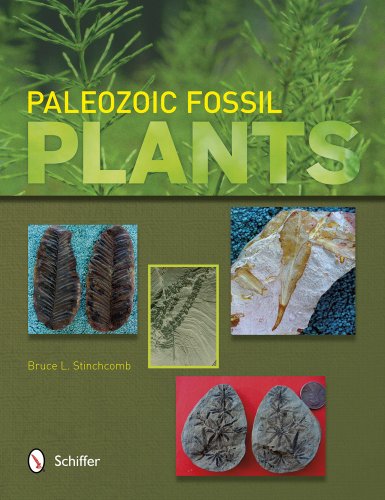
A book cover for Paleozoic Fossil Plants; Bruce L. Stinchcomb; Science & Math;